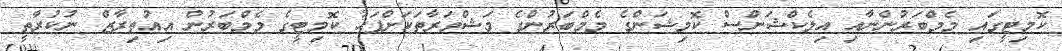
ކޮމިޓީގައި މެމްބަރުންނާއި އިލެކްޝަންސް ކޮމިޝަންގެ މެމްބަރުންގެ މަޝްވަރާތަކަށްފަހު ކޮމިޓީގެ މެމްބަރުން އިއުތިރާޒް ނުކުރާތީ